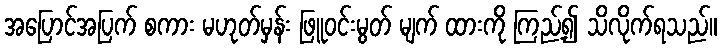
အပြောင်အပြက် စကား မဟုတ်မှန်း ဖြူဝင်းမွတ် မျက် ထားကို ကြည့်၍ သိလိုက်ရသည်။